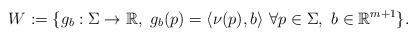
LaTeX: \begin{align*}W := \{g_b:\Sigma\rightarrow \mathbb{R},\ g_b(p)=\langle \nu(p), b\rangle \ \forall p\in \Sigma,\ b\in\mathbb{R}^{m+1}\}.\end{align*}